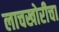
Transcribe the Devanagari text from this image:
लाचखोरीचा